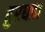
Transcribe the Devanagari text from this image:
हुरघडा